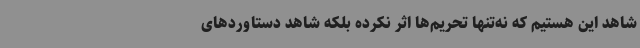
شاهد این هستیم که نه‌تنها تحریم‌ها اثر نکرده بلکه شاهد دستاوردهای